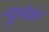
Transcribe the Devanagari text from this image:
न्यूमेयर